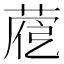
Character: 𦴱